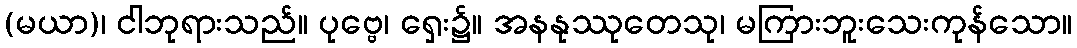
(မယာ)၊ ငါဘုရားသည်။ ပုဗ္ဗေ၊ ရှေး၌။ အနနုဿုတေသု၊ မကြားဘူးသေးကုန်သော။